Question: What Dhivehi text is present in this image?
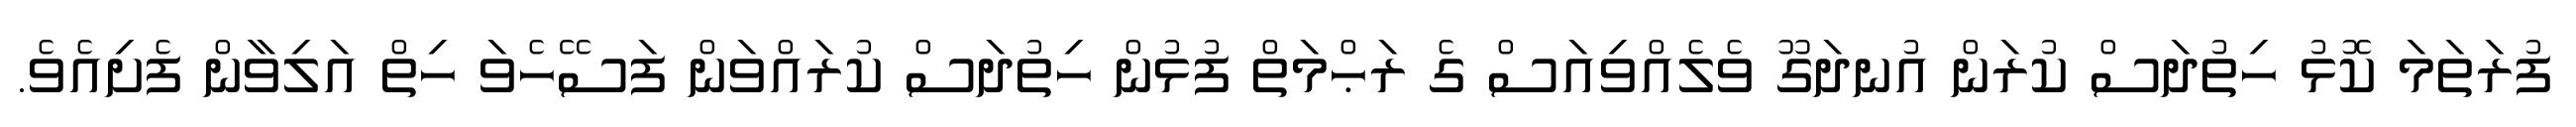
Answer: ފުރަތަމަ ކޮޅު ހިތުދަސް ކުރަން އުނދަގޫ ވެލެއްވިއަސް ގެ ރަޙްމަތް ފުޅުން ހިތުދަސް ކުރައްވަން ފަސޭހެވަ ހިތް އަލިވާން ފެށިއެވެ.